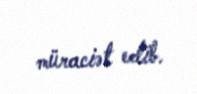
müraciət edib.